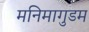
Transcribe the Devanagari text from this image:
मनिमागुडम